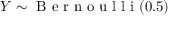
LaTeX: Y \sim { \textrm { B e r n o u l l i } } ( 0 . 5 )